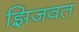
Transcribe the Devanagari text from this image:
झिजवत